Indian Medical Review
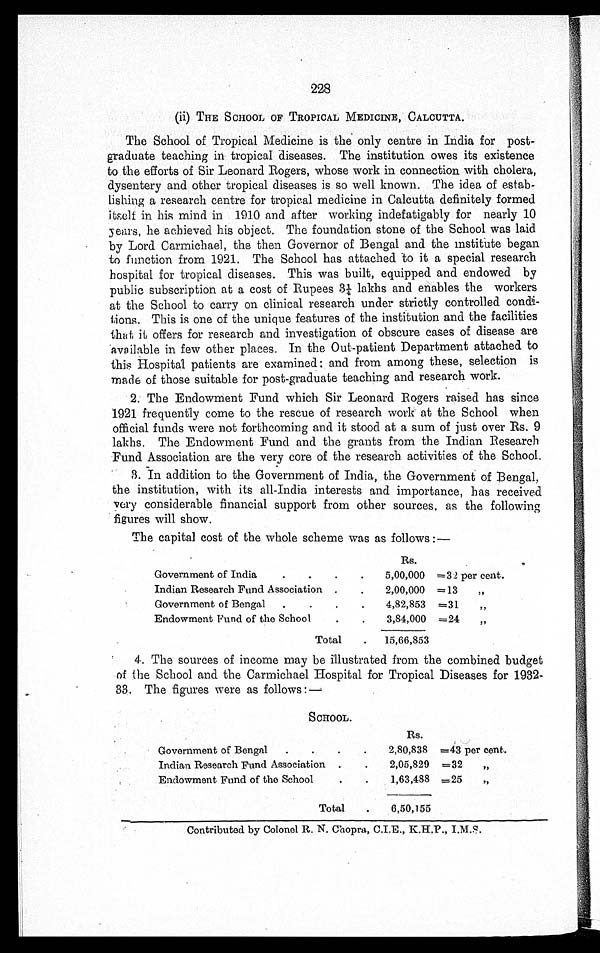
228
(ii) THE SCHOOL OF TROPICAL MEDICINE, CALCUTTA.
The School of Tropical Medicine is the only centre in India for post
- g r a d u a t e t e a c h i n g i n t r o p i c a l d i s e a s e s . T h e i n s t i t u t i o n o w e s i t s e x i s t e n c e
to the efforts of Sir Leonard Rogers, whose work in connection with cholera,
dysentery and other tropical diseases is so well known. The idea of estab
-lishing a research centre for tropical medicine in Calcutta definitely formed
itself in his mind in 1910 and after working indefatigably for nearly 10
years, he achieved his object. The foundation stone of the School was laid
by Lord Carmichael, the then Governor of Bengal and the institute began
to function from 1921. The School has attached to it a special research
hospital for tropical diseases. This was built, equipped and endowed by
public subscription at a cost of Rupees 3¼ lakhs and enables the workers
at the School to carry on clinical research under strictly controlled condi
-tions. This is one of the unique features of the institution and the facilities
that it offers for research and investigation of obscure cases of disease are
available in few other places. In the Out-patient Department attached to
this Hospital patients are examined: and from among these, selection is
made of those suitable for post-graduate teaching and research work.
2. The Endowment Fund which Sir Leonard Rogers raised has since
1921 frequently come to the rescue of research work at the School when
official funds were not forthcoming and it stood at a sum of just over Rs. 9
lakhs. The Endowment Fund and the grants from the Indian Research
Fund Association are the very core of the research activities of the School.
3. In addition to the Government of India, the Government of Bengal,
the institution, with its all-India interests and importance, has received
very considerable financial support from other sources, as the following
figures will show.
The capital cost of the whole scheme was as follows :—
Rs.
Government of India . . .
5,00,000 =32 per cent.
Indian Research Fund Association . . .
2,00,000 =13 "
Government of Bengal . . .
4,82,853 =31 "
Endowment Fund of the School . . .
3,84,000 =24 "
Total . . .
15,66,853
4. The sources of income may be illustrated from the combined budget
of the School and the Carmichael Hospital for Tropical Diseases for 1932--
33. The figures were as follows:—
SCHOOL.
Rs.
Government of Bengal . . .
2,80,838 =43 per cent.
Indian Research Fund Association . . .
2,05,829 =32 "
Endowment Fund of the School . . .
1,63,488 =25 "
Total . . .
6,50,155
Contributed by Colonel R. N. Chopra, C.I.E., K.H.P., I.M.S.